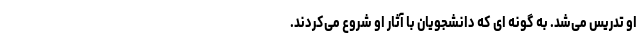
او تدریس می‌شد. به گونه ای که دانشجویان با آثار او شروع می‌کردند.